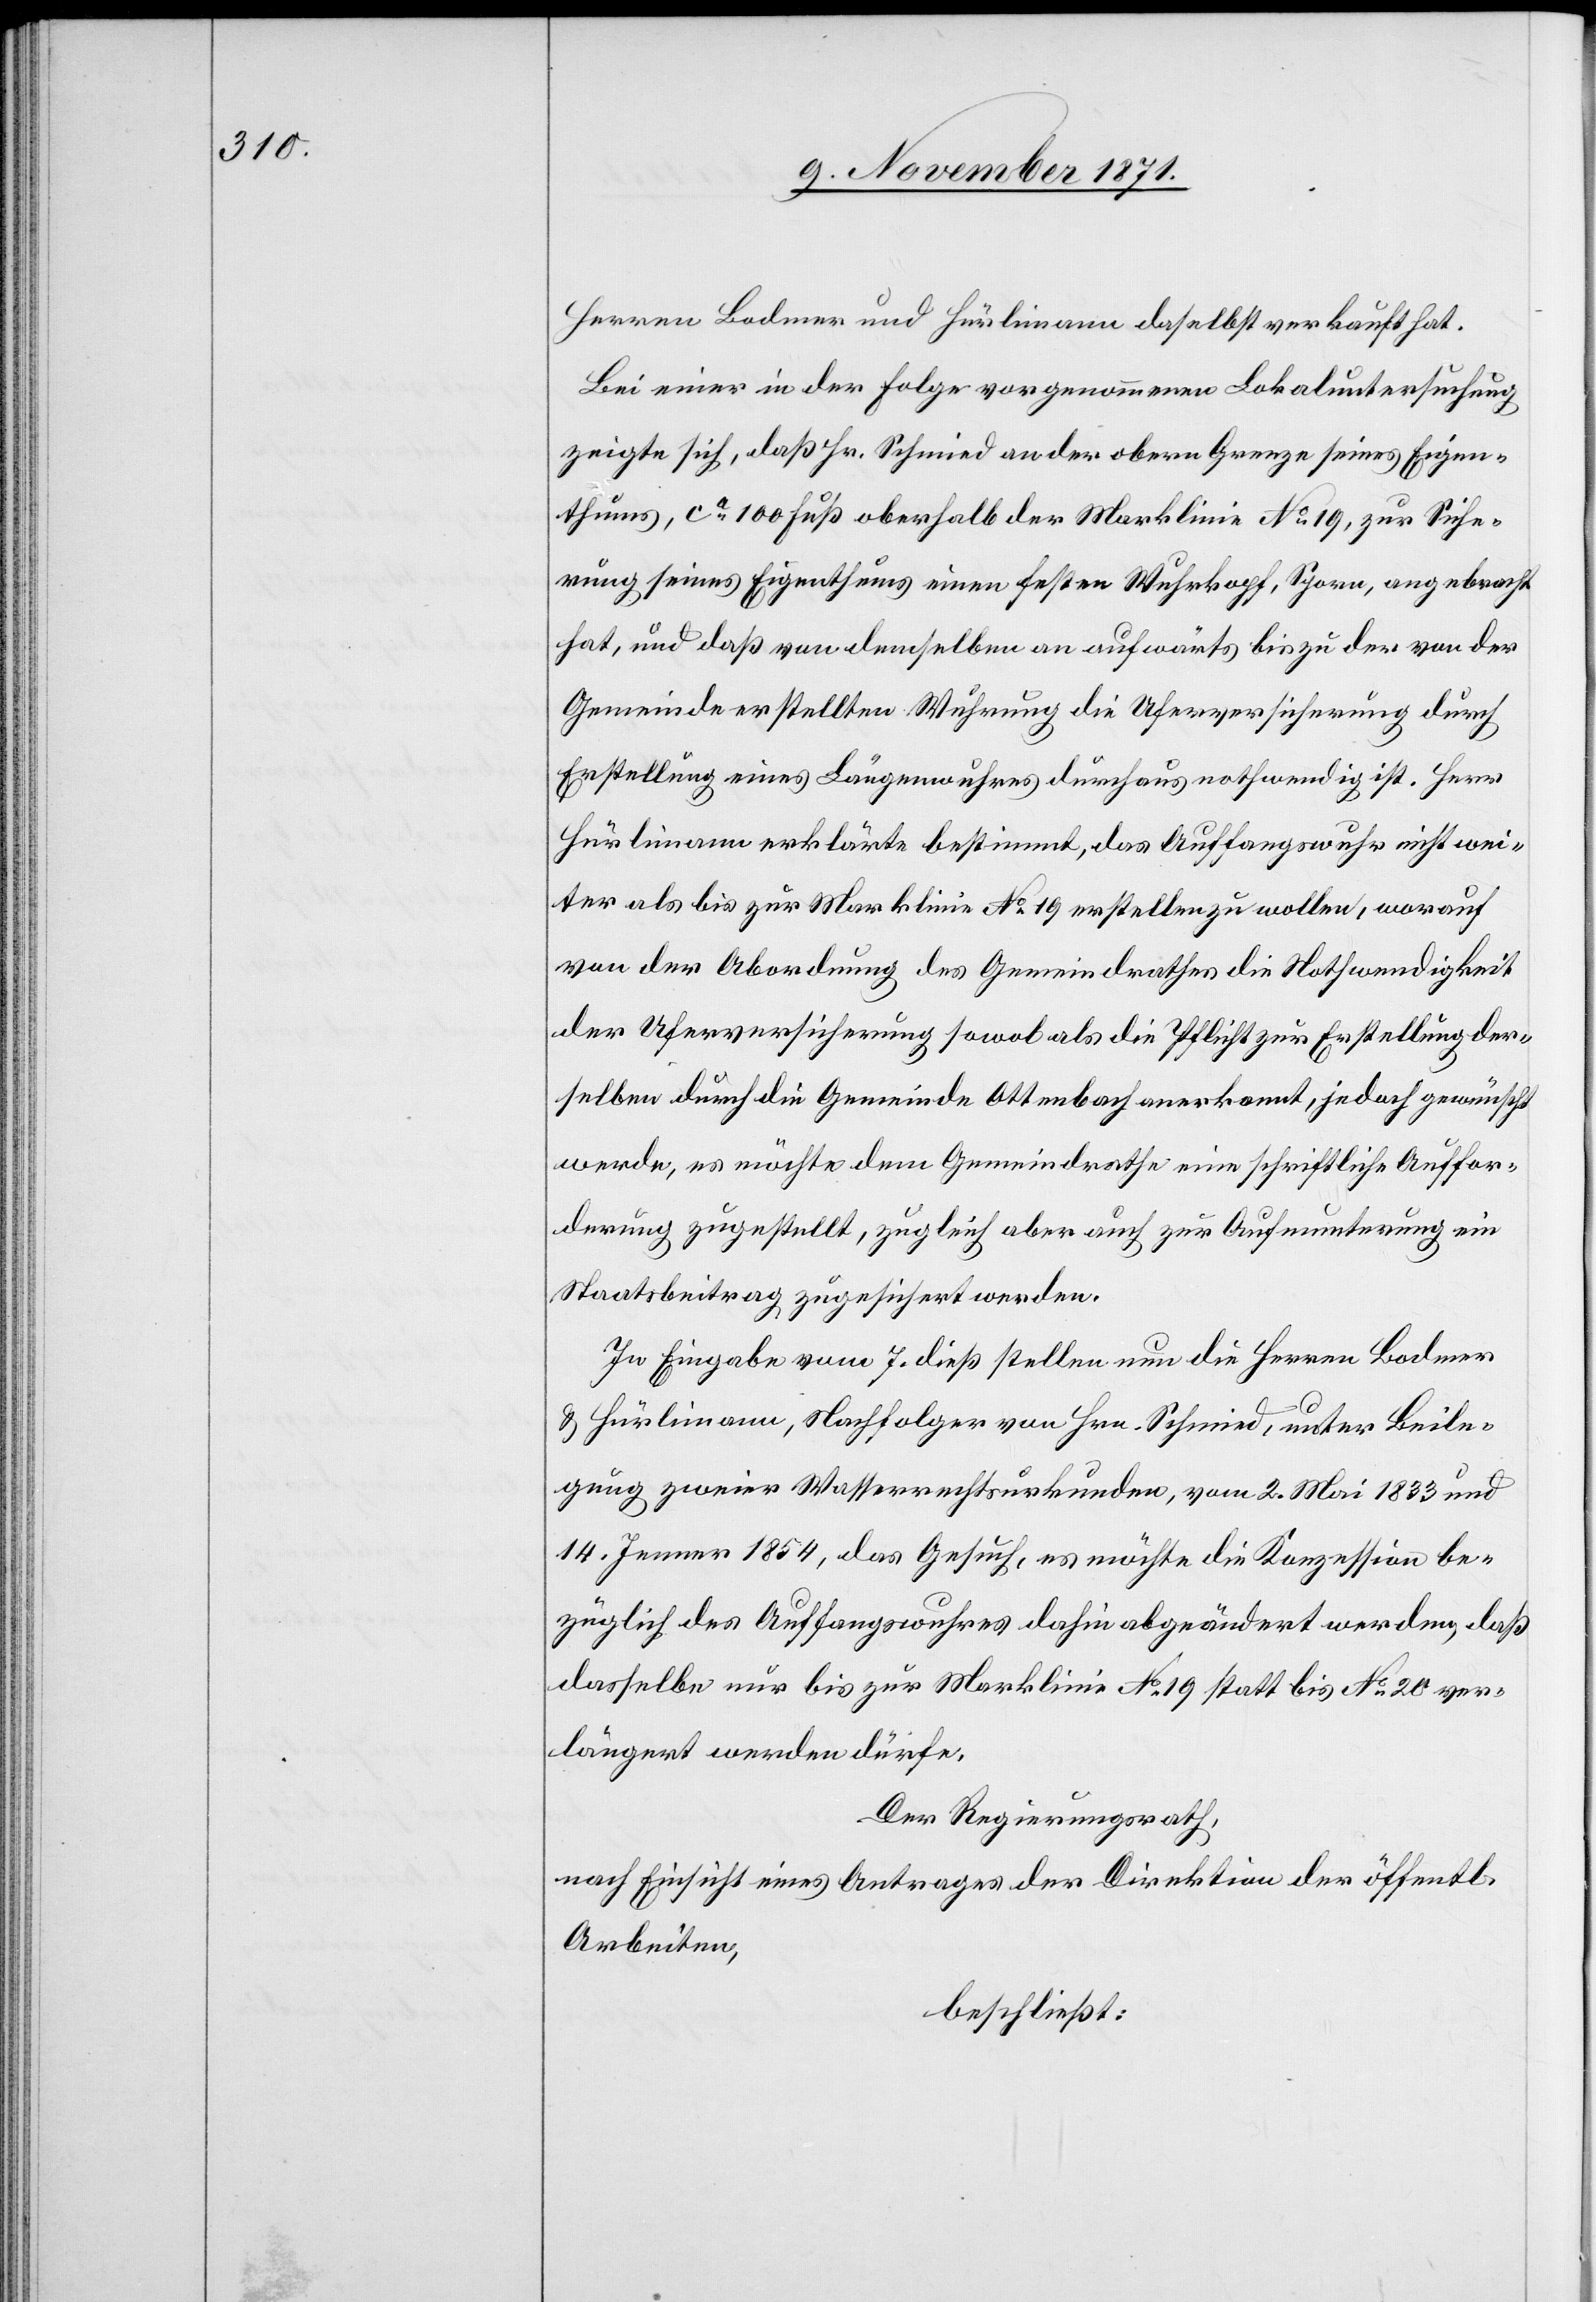
Herren Bodmer und Hürlimann daselbst verkauft hat.
Bei einer in der Folge vorgenommenen Lokaluntersuchung
zeigte sich, daß Hr. Schmied an der obern Grenze seines Eigen¬
thums, ca 100 Fuß oberhalb der Marklinie No 19, zur Siche¬
rung seines Eigenthums einen festen Wuhrkopf, Sporn, angebracht
hat, und daß von demselben an aufwärts bis zu der von der
Gemeinde erstellten Wuhrung die Uferversicherung durch
Erstellung eines Längenwuhrs durchaus nothwendig ist. Herr
Hürlimann erklärte bestimmt, das Auffangswuhr nicht wei¬
ter als bis zur Marklinie No 19 erstellen zu wollen, worauf
von der Abordnung des Gemeindrathes die Nothwendigkeit
der Uferversicherung sowol als die Pflicht zur Erstellung der¬
selben durch die Gemeinde Ottenbach anerkannt, jedoch gewünscht
werde, es möchte dem Gemeindrathe eine schriftliche Auffor¬
derung zugestellt, zugleich aber auch zur Aufmunterung ein
Staatsbeitrag zugesichert werden.
In Eingabe vom 7. dieß stellen nun die Herren Bodmer
& Hürlimann, Nachfolger von Hrn. Schmied, unter Beile¬
gung zweier Wasserrechtsurkunden, vom 2. Mai 1833 und
14. Jenner 1854, das Gesuch, es möchte die Konzession be¬
züglich des Auffangswuhres dahin abgeändert werden, daß
dasselbe nur bis zur Marklinie No 19 statt bis No 20 ver¬
längert werden dürfe.
Der Regierungsrath,
nach Einsicht eines Antrages der Direktion der öffentl.
Arbeiten,
beschließt: